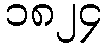
၁၈၂၄